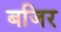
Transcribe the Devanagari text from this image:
बजिर